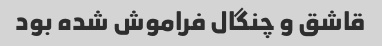
قاشق و چنگال فراموش شده بود